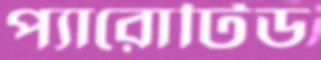
প্যারোটিড